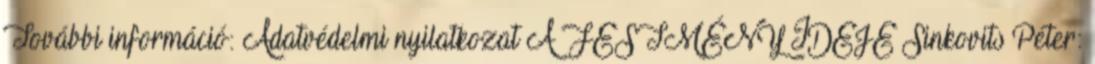
További információ: Adatvédelmi nyilatkozat A FESTMÉNY IDEJE Sinkovits Péter: